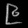
Digit: ၉